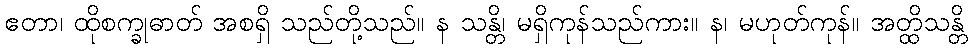
ဧတာ၊ ထိုစက္ခုဓာတ် အစရှိ သည်တို့သည်။ န သန္တိ၊ မရှိကုန်သည်ကား။ န၊ မဟုတ်ကုန်။ အတ္ထိသန္တိ